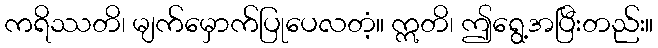
ကရိဿတိ၊ မျက်မှောက်ပြုပေလတံ့။ ဣတိ၊ ဤရွေ့အပြီးတည်း။